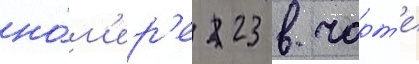
но́м'ер'е 23 в чарт'е